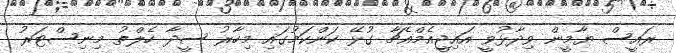
ރައީސް ޔާމީން ވިދާޅުވީ އައިޖީއެމްއެޗާ ގުޅޭ ކަންކަމުގައި މިހާރު ސީދާ ހެލްތު މިނިސްޓަރު